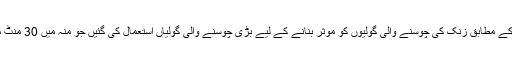
لیکن تحقیقات کے مطابق زنک کی چوسنے والی گولیوں کو موثر بنانے کے لیے بڑی چوسنے والی گولیاں استعمال کی گئیں جو منہ میں 30 منٹ میں گھلتی ہیں۔